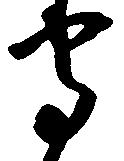
守